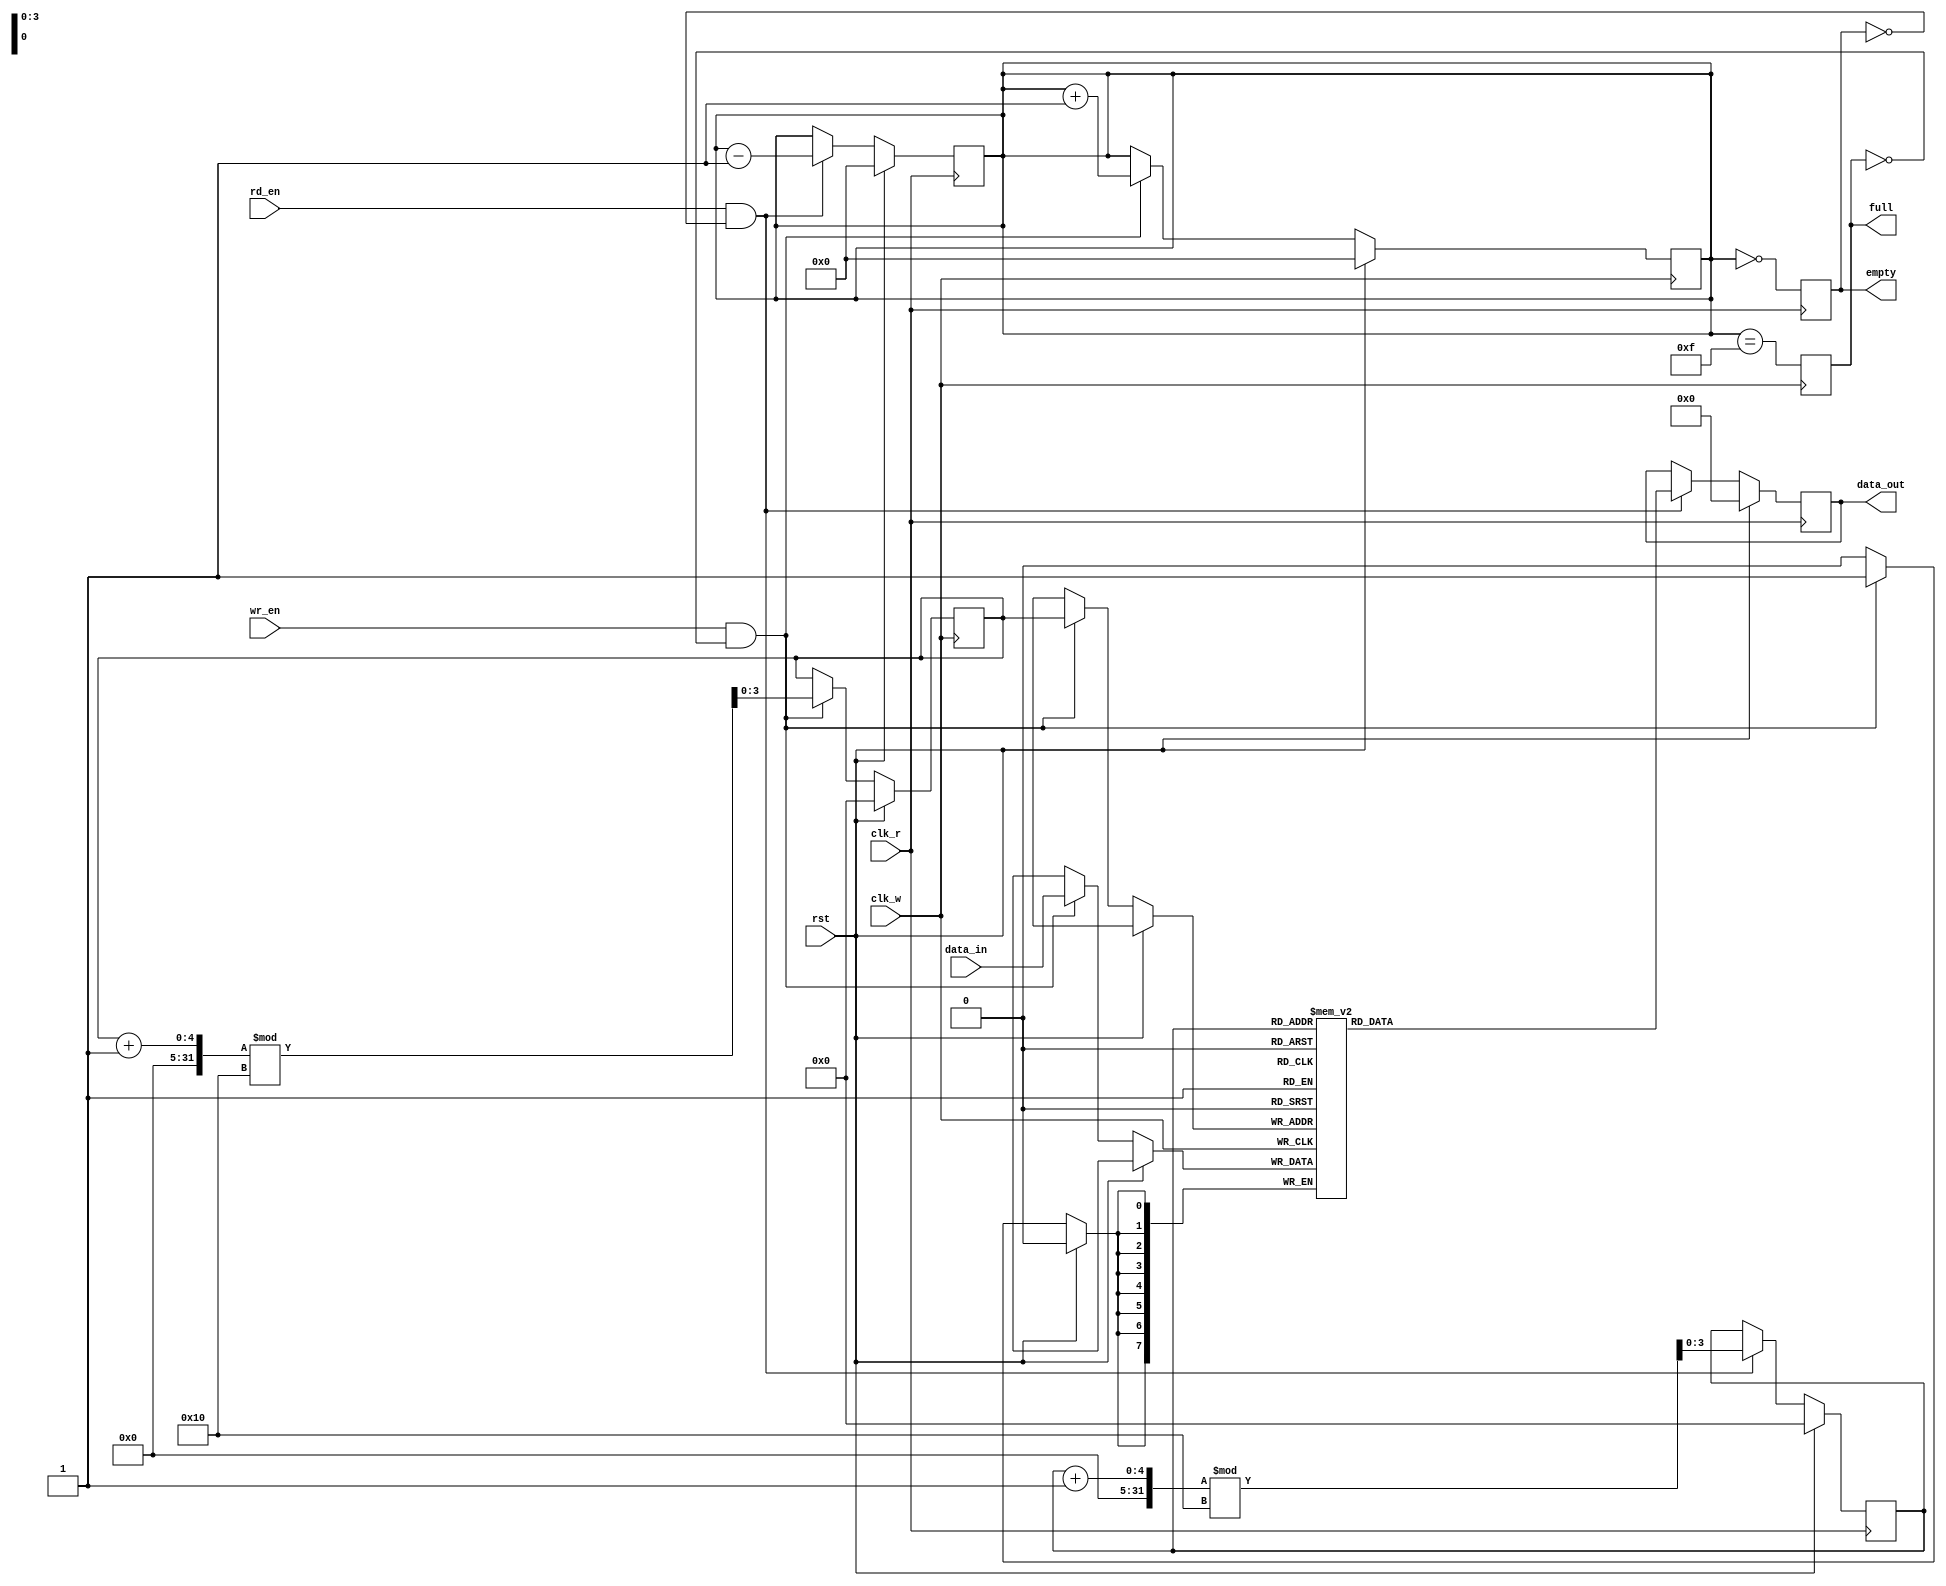
module dual_clock_fifo #(
    parameter DATA_WIDTH = 8,  // Width of each data entry
    parameter FIFO_DEPTH = 16   // Number of entries in the FIFO
) (
    input wire clk_w,           // Write clock
    input wire clk_r,           // Read clock
    input wire rst,             // Synchronous reset
    input wire wr_en,           // Write enable
    input wire rd_en,           // Read enable
    input wire [DATA_WIDTH-1:0] data_in, // Data input
    output reg [DATA_WIDTH-1:0] data_out, // Data output
    output reg full,            // FIFO full flag
    output reg empty            // FIFO empty flag
);

    // Memory storage
    reg [DATA_WIDTH-1:0] fifo_mem [0:FIFO_DEPTH-1];
    
    // Write and read pointers
    reg [clog2(FIFO_DEPTH)-1:0] wr_ptr;
    reg [clog2(FIFO_DEPTH)-1:0] rd_ptr;
    
    // Internal variable for tracking the number of items in the FIFO
    reg [clog2(FIFO_DEPTH+1)-1:0] count;

    // Function to calculate log base 2
    function integer clog2;
        input integer value;
        begin
            clog2 = 0;
            while (2**clog2 < value) begin
                clog2 = clog2 + 1;
            end
        end
    endfunction

    // Synchronous reset and write operation
    always @(posedge clk_w) begin
        if (rst) begin
            wr_ptr <= 0;
            count <= 0;
            full <= 0;
        end else if (wr_en && !full) begin
            fifo_mem[wr_ptr] <= data_in;
            wr_ptr <= (wr_ptr + 1) % FIFO_DEPTH;
            count <= count + 1;
        end
        // Update full flag
        full <= (count == FIFO_DEPTH - 1);
    end

    // Synchronous reset and read operation
    always @(posedge clk_r) begin
        if (rst) begin
            rd_ptr <= 0;
            count <= 0;
            empty <= 1;
            data_out <= 0;
        end else if (rd_en && !empty) begin
            data_out <= fifo_mem[rd_ptr];
            rd_ptr <= (rd_ptr + 1) % FIFO_DEPTH;
            count <= count - 1;
        end
        // Update empty flag
        empty <= (count == 0);
    end

endmodule